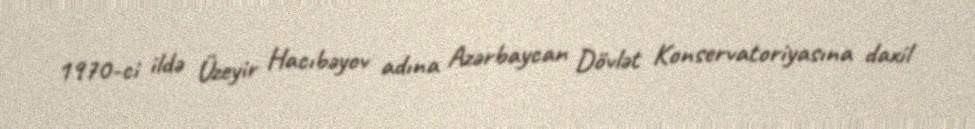
1970-ci ildə Üzeyir Hacıbəyov adına Azərbaycan Dövlət Konservatoriyasına daxil